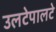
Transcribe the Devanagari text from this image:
उलटेपालटे